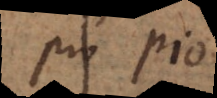
pro pio